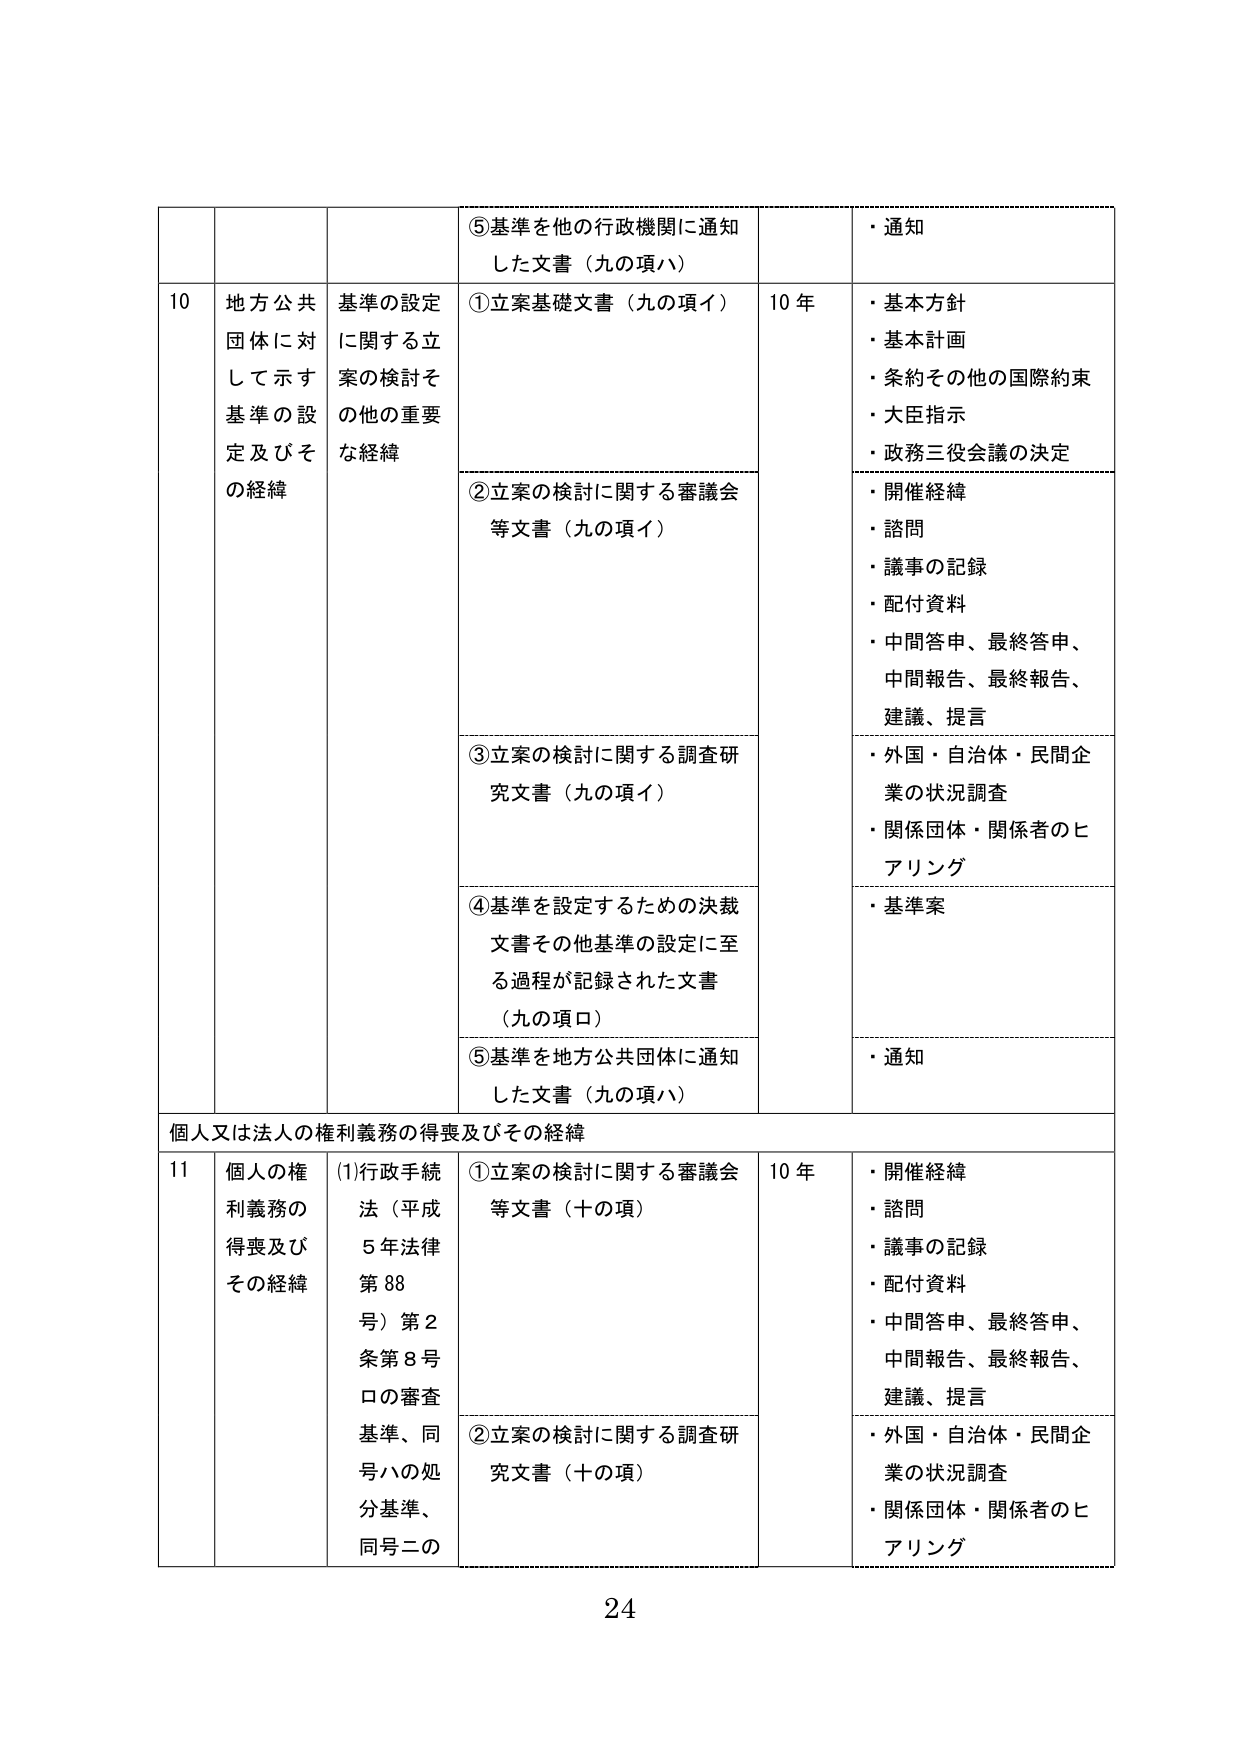
⑤基準を他の行政機関に通知した文書（九の項ハ）
・通知

10 地方公共団体に対して示す基準の設定及びその経緯
基準の設定に関する立案の検討その他の重要な経緯
①立案基礎文書（九の項イ）
10年
・基本方針
・基本計画
・条約その他の国際約束
・大臣指示
・政務三役会議の決定

②立案の検討に関する審議会等文書（九の項イ）
・開催経緯
・諮問
・議事の記録
・配付資料
・中間答申、最終答申、中間報告、最終報告、建議、提言

③立案の検討に関する調査研究文書（九の項イ）
・外国・自治体・民間企業の状況調査
・関係団体・関係者のヒアリング

④基準を設定するための決裁文書その他基準の設定に至る過程が記録された文書（九の項ロ）
・基準案

⑤基準を地方公共団体に通知した文書（九の項ハ）
・通知

個人又は法人の権利義務の得喪及びその経緯

11 個人の権利義務の得喪及びその経緯
(1)行政手続法（平成5年法律第88号）第2条第8号ロの審査基準、同号ハの処分基準、同号ニの
①立案の検討に関する審議会等文書（十の項）
10年
・開催経緯
・諮問
・議事の記録
・配付資料
・中間答申、最終答申、中間報告、最終報告、建議、提言

②立案の検討に関する調査研究文書（十の項）
・外国・自治体・民間企業の状況調査
・関係団体・関係者のヒアリング

24